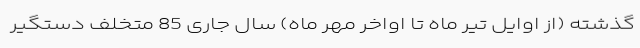
گذشته (از اوایل تیر ماه تا اواخر مهر ماه) سال جاری 85 متخلف دستگیر